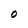
Character: 0